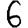
Digit: 6